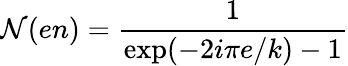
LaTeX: {\cal N}(en)=\frac{1}{\mathrm{exp}(-2i\pi e/k)-1}